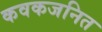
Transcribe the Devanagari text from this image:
कवकजनित